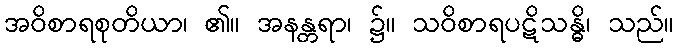
အဝိစာရစုတိယာ၊ ၏။ အနန္တရာ၊ ၌။ သဝိစာရပဋိသန္ဓိ၊ သည်။